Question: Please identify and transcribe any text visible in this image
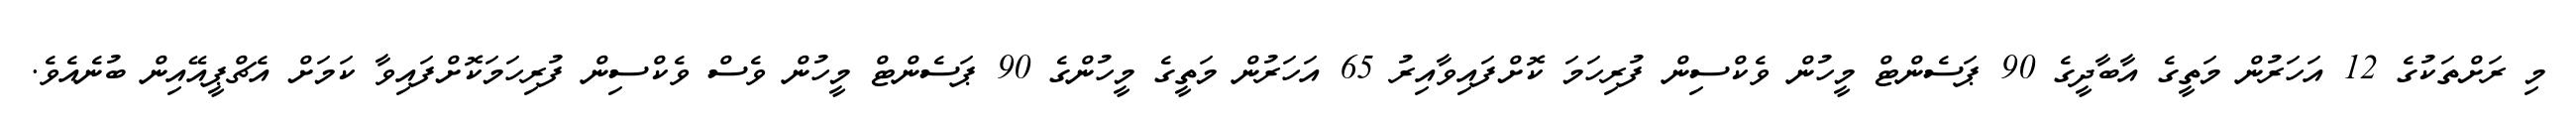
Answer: މި ރަށްތަކުގެ 12 އަހަރުން މަތީގެ އާބާދީގެ 90 ޕަސެންޓް މީހުން ވެކްސިން ފުރިހަމަ ކޮށްފައިވާއިރު 65 އަހަރުން މަތީގެ މީހުންގެ 90 ޕަސެންޓް މީހުން ވެސް ވެކްސިން ފުރިހަމަކޮށްފައިވާ ކަމަށް އެޗްޕީއޭއިން ބުނެއެވެ.